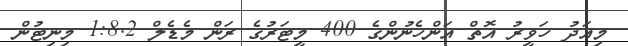
މިއަދު ހަވީރު އޮތް އަންހެނުންގެ 400 މީޓަރުގެ ރަން މެޑެލް 1:8.2 މިނިޓުން